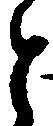
と